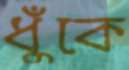
ধুঁকে